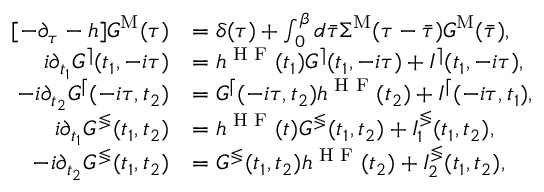
\begin{array} { r l } { [ - \partial _ { \tau } - h ] G ^ { \mathrm { M } } ( \tau ) } & { = \delta ( \tau ) + \int _ { 0 } ^ { \beta } d \Bar { \tau } \Sigma ^ { \mathrm { M } } ( \tau - \Bar { \tau } ) G ^ { \mathrm { M } } ( \bar { \tau } ) , } \\ { i \partial _ { t _ { 1 } } G ^ { \rceil } ( t _ { 1 } , - i \tau ) } & { = h ^ { \textrm { H F } } ( t _ { 1 } ) G ^ { \rceil } ( t _ { 1 } , - i \tau ) + I ^ { \rceil } ( t _ { 1 } , - i \tau ) , } \\ { - i \partial _ { t _ { 2 } } G ^ { \lceil } ( - i \tau , t _ { 2 } ) } & { = G ^ { \lceil } ( - i \tau , t _ { 2 } ) h ^ { \textrm { H F } } ( t _ { 2 } ) + I ^ { \lceil } ( - i \tau , t _ { 1 } ) , } \\ { i \partial _ { t _ { 1 } } G ^ { \lessgtr } ( t _ { 1 } , t _ { 2 } ) } & { = h ^ { \textrm { H F } } ( t ) G ^ { \lessgtr } ( t _ { 1 } , t _ { 2 } ) + I _ { 1 } ^ { \lessgtr } ( t _ { 1 } , t _ { 2 } ) , } \\ { - i \partial _ { t _ { 2 } } G ^ { \lessgtr } ( t _ { 1 } , t _ { 2 } ) } & { = G ^ { \lessgtr } ( t _ { 1 } , t _ { 2 } ) h ^ { \textrm { H F } } ( t _ { 2 } ) + I _ { 2 } ^ { \lessgtr } ( t _ { 1 } , t _ { 2 } ) , } \end{array}